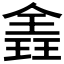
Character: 𪼈